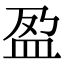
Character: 盈